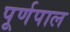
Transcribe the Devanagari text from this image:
पूर्णपाल